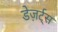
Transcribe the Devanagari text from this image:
डेज़र्ट्स